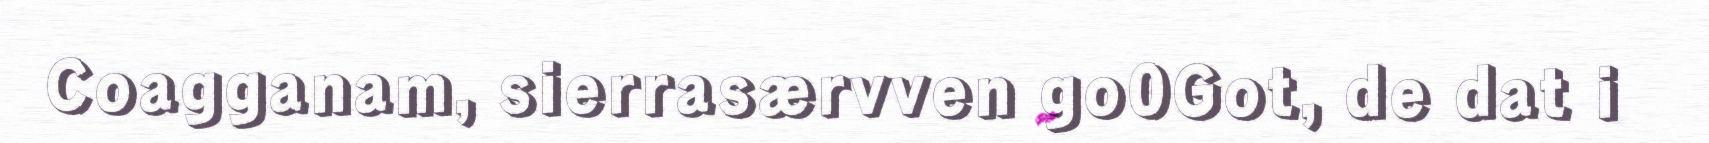
Coagganam, sierrasærvven go0Got, de dat i